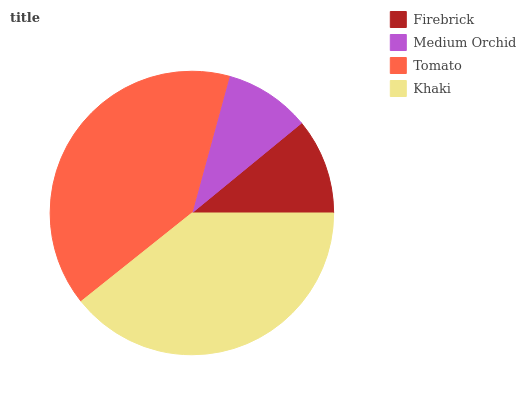
| Firebrick | Medium Orchid | Tomato | Khaki |
 | --- | --- | --- | --- |
 | 10.9% | 9.82% | 39.9% | 39.3% |